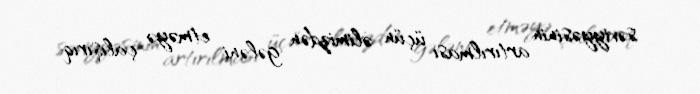
səviyyəsinin artırılması üçün əlimizdən gələni etməyə çalışırıq.